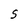
Character: S